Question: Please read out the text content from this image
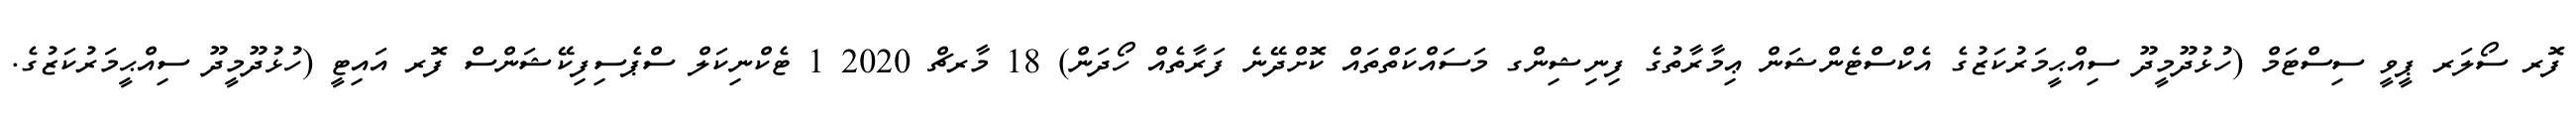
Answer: ފޮރ ސޯލަރ ޕީވީ ސިސްޓަމް (ހުޅުދޫމީދޫ ސިއްޙީމަރުކަޒުގެ އެކްސްޓެންޝަން ޢިމާރާތުގެ ފިނިޝިންގ މަސައްކަތްތައް ކޮށްދޭނެ ފަރާތެއް ހޯދަން) 18 މާރޗް 2020 1 ޓެކްނިކަލް ސްޕެސިފިކޭޝަންސް ފޮރ އައިޓީ (ހުޅުދޫމީދޫ ސިއްޙީމަރުކަޒުގެ.